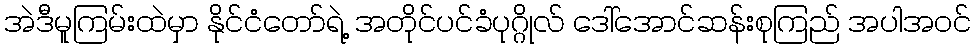
အဲဒီမူကြမ်းထဲမှာ နိုင်ငံတော်ရဲ့ အတိုင်ပင်ခံပုဂ္ဂိုလ် ဒေါ်အောင်ဆန်းစုကြည် အပါအဝင်